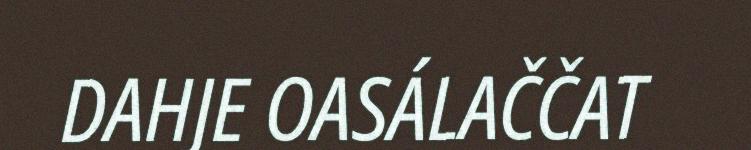
DAHJE OASÁLAČČAT